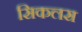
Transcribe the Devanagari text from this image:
सिकलस